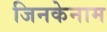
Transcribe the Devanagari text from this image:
जिनकेनाम